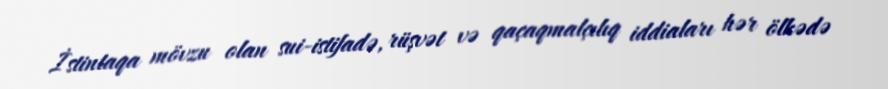
İstintaqa mövzu olan sui-istifadə, rüşvət və qaçaqmalçılıq iddiaları hər ölkədə